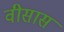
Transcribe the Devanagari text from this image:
वीसास